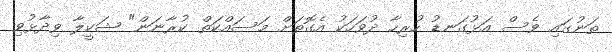
ތަނުގައި ވެސް އަޅުގަނޑު ހުރިހާ ދުވަހަކު އެގޮތަށް މަސައްކަތް ކުރާނަން" ޝަކީލާ ވިދާޅުވި